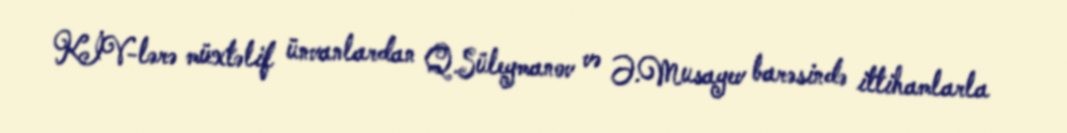
KİV-lərə müxtəlif ünvanlardan Q.Süleymanov və Ə.Musayev barəsində ittihamlarla